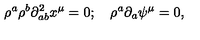
\rho ^ { a } \rho ^ { b } \partial _ { a b } ^ { 2 } x ^ { \mu } = 0 ; \quad \rho ^ { a } \partial _ { a } \psi ^ { \mu } = 0 ,